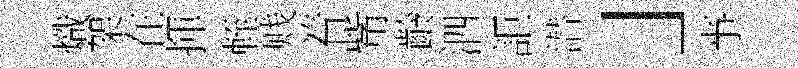
熾架在揮輊贱着觜齡泗詎潜」亊